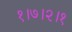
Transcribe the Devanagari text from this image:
१।७।२।१